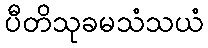
ပီတိသုခမသံသယံ